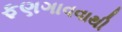
ફણગાવવાથી